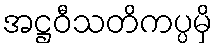
အဋ္ဌဝီသတိကပ္ပမှိ